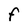
Character: F